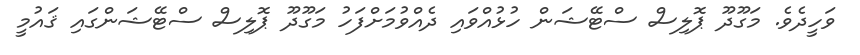
ވަހީދެވެ. މަގޫދޫ ޕޮލިސް ސްޓޭޝަން ހުޅުއްވައި ދެއްވުމަށްފަހު މަގޫދޫ ޕޮލިސް ސްޓޭޝަންގައި ޤައުމީ